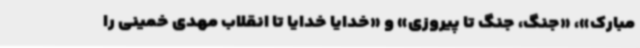
مبارک»، «جنگ، جنگ تا پیروزی» و «خدایا خدایا تا انقلاب مهدی خمینی را